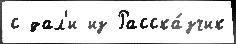
с дал'и из Расска́зчик